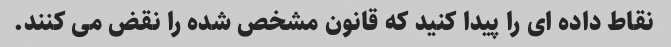
نقاط داده ای را پیدا کنید که قانون مشخص شده را نقض می کنند.